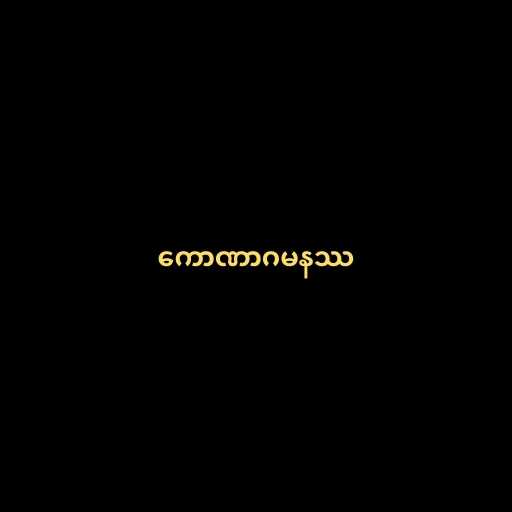
ကောဏာဂမနဿ